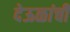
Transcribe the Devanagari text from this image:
देऊळांची